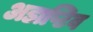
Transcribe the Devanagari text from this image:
अडाप्टिव